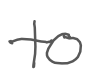
Text: to
Cross-out: clean
Writing tool: digital_gray